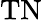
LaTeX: \mathrm{TN}